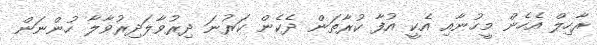
ރާހިލް އެހެން މީހުނާއި އެކީ އުފާ ކުރާތަން ދެކެން ކަރުނަ ދިރުވާލަދިރުވާލާ ހުންނަން